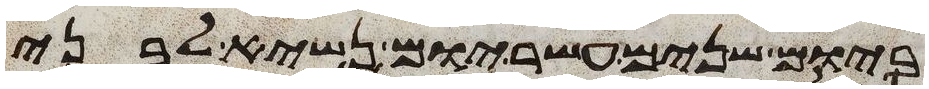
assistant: ביום שנים עשר יום נשיא לבני